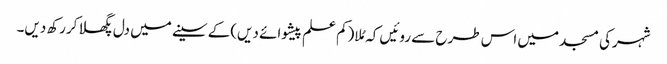
شہرکی مسجد میں اس طرح سے روئیں کہ مُلا(کم علم پیشوائے دیں)کے سینے میں دل پگھلا کررکھ دیں۔